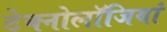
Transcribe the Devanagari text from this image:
टेक्नोलॉजियां